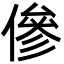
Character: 傪